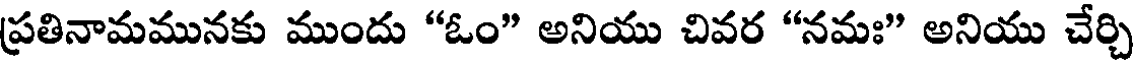
ప్రతినామమునకు ముందు "ఓం" అనియు చివర "నమః" అనియు చేర్చి